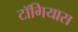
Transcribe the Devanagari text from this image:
टॉगियास